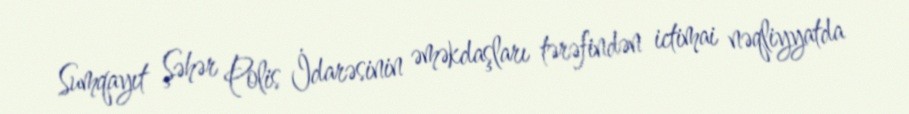
Sumqayıt Şəhər Polis İdarəsinin əməkdaşları tərəfindən ictimai nəqliyyatda